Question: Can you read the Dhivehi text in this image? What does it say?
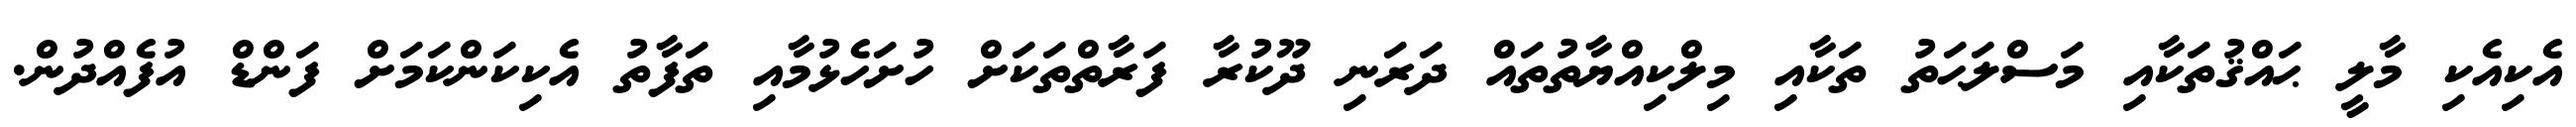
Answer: އެކިއެކި މާލީ ޙައްޤުތަކާއި މަސްލަޙަތު ތަކާއި މިލްކިއްޔާތުތައް ދަރަނި ދޫކުރާ ފަރާތްތަކަށް ހުށަހެޅުމާއި ތަފާތު އެކިކަންކަމަށް ފަންޑް އުފެއްދުން.